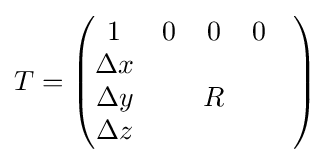
T={\begin{pmatrix}1&0&0&0&\\\Delta x&&&\\\Delta y&&R&\\\Delta z&&&\\\end{pmatrix}}